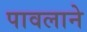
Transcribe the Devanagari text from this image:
पावलाने